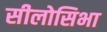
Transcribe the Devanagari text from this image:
सीलोसिभा